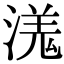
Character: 溬